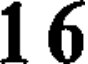
16